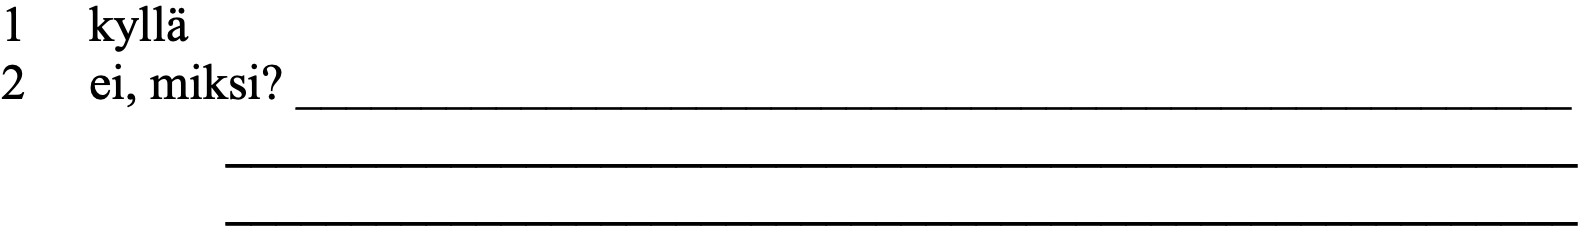
1  kyllä 2  ei, miksi? ___________________________________________________ ______________________________________________________ ______________________________________________________